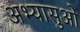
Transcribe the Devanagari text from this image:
अभ्यासुओ